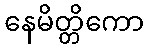
နေမိတ္တိကော